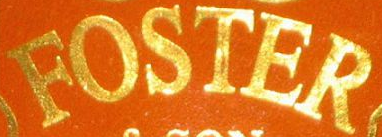
FOSTER